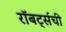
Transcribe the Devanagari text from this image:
रॉबर्ट्सची